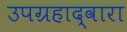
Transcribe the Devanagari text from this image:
उपग्रहाद्वारा